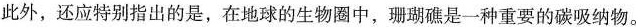
此外，还应特别指出的是，在地球的生物圈中，珊瑚礁是一种重要的碳吸纳物。